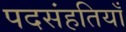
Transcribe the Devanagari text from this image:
पदसंहतियाँ